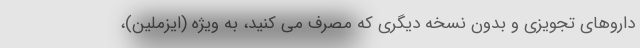
داروهای تجویزی و بدون نسخه دیگری که مصرف می کنید، به ویژه (ایزملین)،